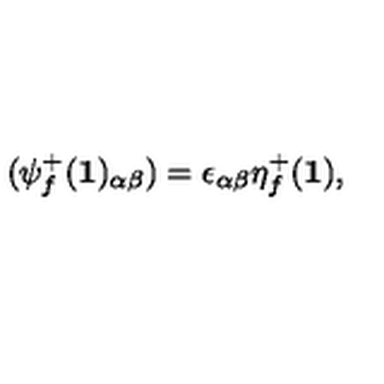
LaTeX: ( \psi _ { f } ^ { + } ( { \bf 1 } ) _ { \alpha \beta } ) = \epsilon _ { \alpha \beta } \eta _ { f } ^ { + } ( { \bf 1 } ) ,